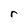
Character: r